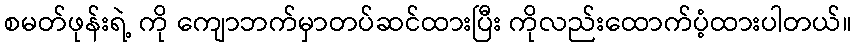
စမတ်ဖုန်းရဲ့ ကို ကျောဘက်မှာတပ်ဆင်ထားပြီး ကိုလည်းထောက်ပံ့ထားပါတယ်။